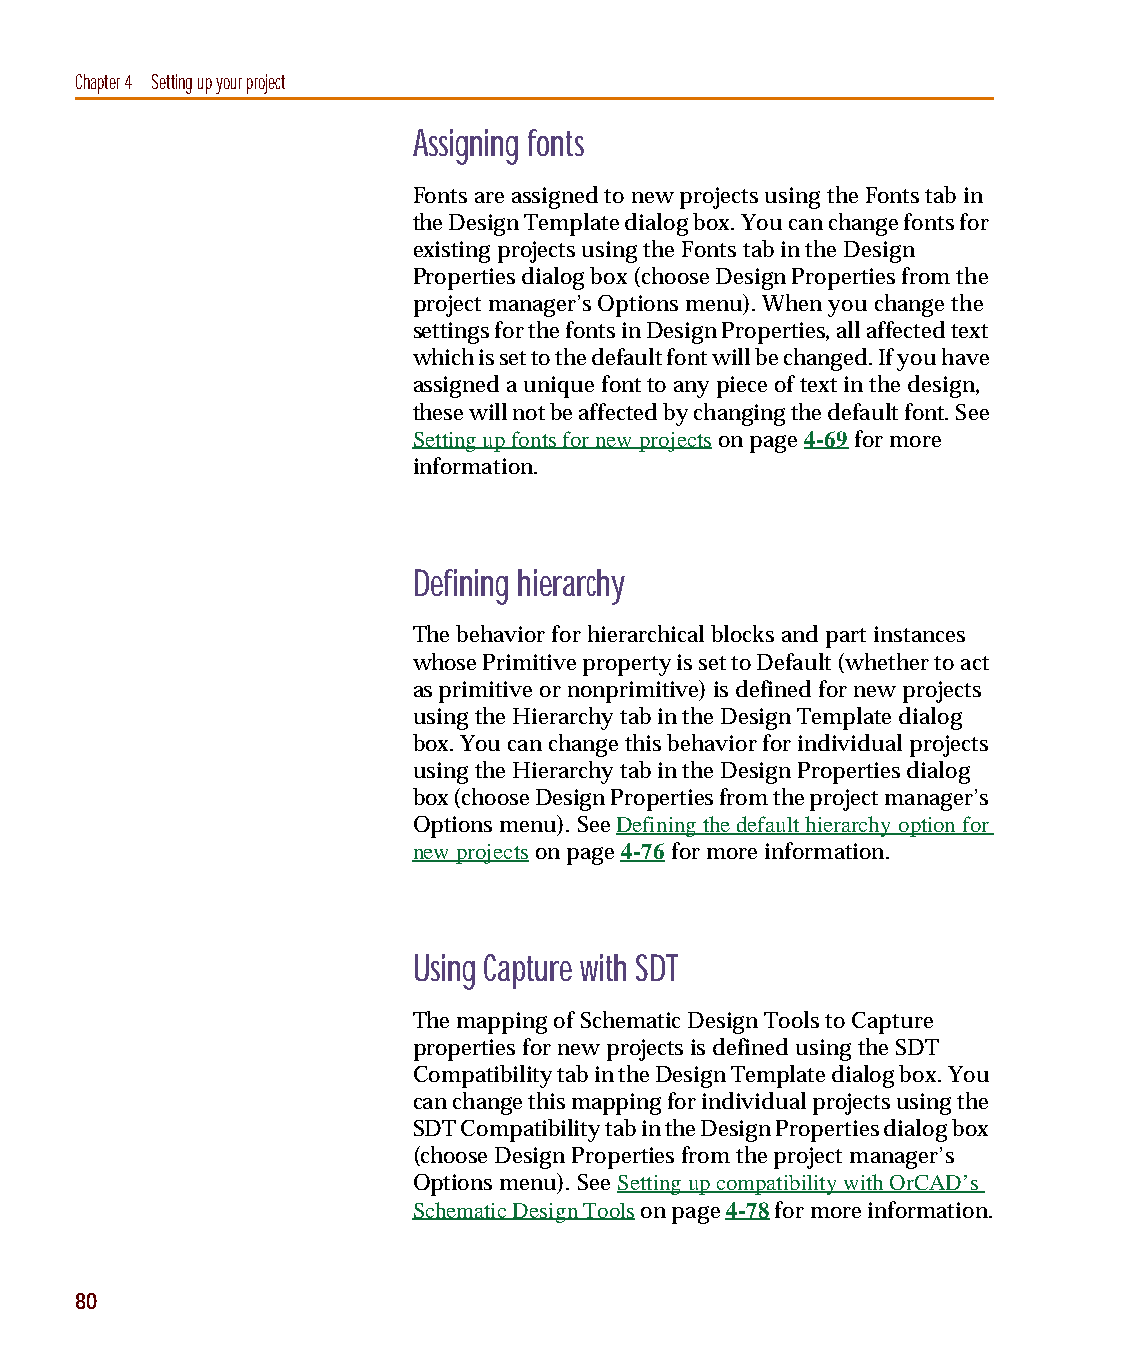
capug.book Page 80 Thursday, November 12, 1998 3:38 PM
 Chapter 4 Setting up your project
 Assigning fonts
 Fonts are assigned to new projects using the Fonts tab in
 the Design Template dialog box. You can change fonts for
 existing projects using the Fonts tab in the Design
 Properties dialog box (choose Design Properties from the
 project manager’s Options menu). When you change the
 settings for the fonts in Design Properties, all affected text
 which is set to the default font will be changed. If you have
 assigned a unique font to any piece of text in the design,
 these will not be affected by changing the default font. See
 Setting up fonts for new projects on page 4-69 for more
 information.
 Defining hierarchy
 The behavior for hierarchical blocks and part instances
 whose Primitive property is set to Default (whether to act
 as primitive or nonprimitive) is defined for new projects
 using the Hierarchy tab in the Design Template dialog
 box. You can change this behavior for individual projects
 using the Hierarchy tab in the Design Properties dialog
 box (choose Design Properties from the project manager’s
 Options menu). See Defining the default hierarchy option for
 new projects on page 4-76 for more information.
 Using Capture with SDT
 The mapping of Schematic Design Tools to Capture
 properties for new projects is defined using the SDT
 Compatibility tab in the Design Template dialog box. You
 can change this mapping for individual projects using the
 SDT Compatibility tab in the Design Properties dialog box
 (choose Design Properties from the project manager’s
 Options menu). See Setting up compatibility with OrCAD’s
 Schematic Design Tools on page 4-78 for more information.
 80